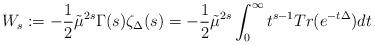
LaTeX: \begin{align*} W_s := -\frac{1}{2} \tilde{\mu}^{2s} \Gamma(s) \zeta_{\Delta}(s) = -\frac{1}{2} \tilde{\mu}^{2s} \int_0^\infty t^{s-1} Tr(e^{-t\Delta}) dt \end{align*}